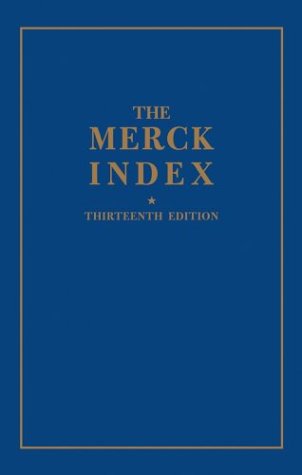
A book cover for Merck Index: 13th edition; Merck; Medical Books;